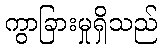
ကွာခြားမှုရှိသည်